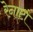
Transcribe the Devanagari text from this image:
रेनाटा